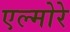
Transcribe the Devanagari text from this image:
एल्मोरे